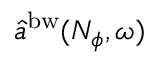
\hat { a } ^ { \mathrm { b w } } ( N _ { \phi } , \omega )